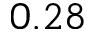
0 . 2 8